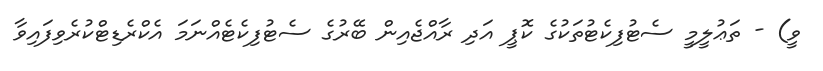
ވީ) - ތަޢުލީމީ ސެޓުފިކެޓުތަކުގެ ކޮޕީ އަދި ރާއްޖެއިން ބޭރުގެ ސެޓުފިކެޓެއްނަމަ އެކްރެޑިޓްކުރެވިފައިވާ